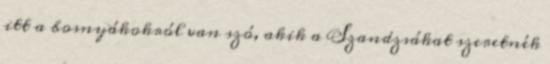
itt a bosnyákokról van szó, akik a Szandzsákat szeretnék